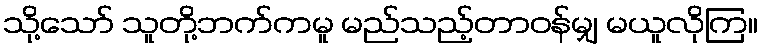
သို့သော် သူတို့ဘက်ကမူ မည်သည့်တာဝန်မျှ မယူလိုကြ။